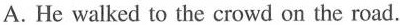
A. He walked to the crowd on the road.